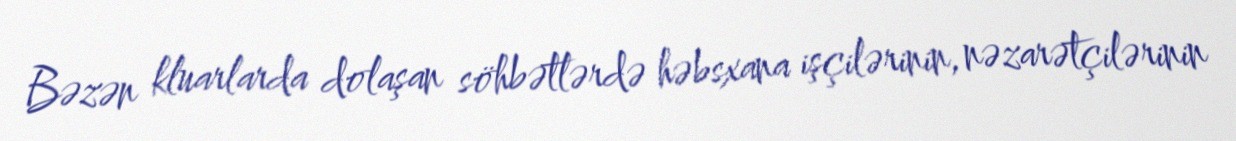
Bəzən kluarlarda dolaşan söhbətlərdə həbsxana işçilərinin, nəzarətçilərinin